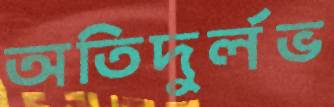
অতিদুর্লভ